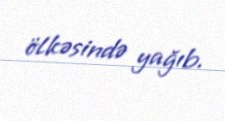
ölkəsində yağıb.